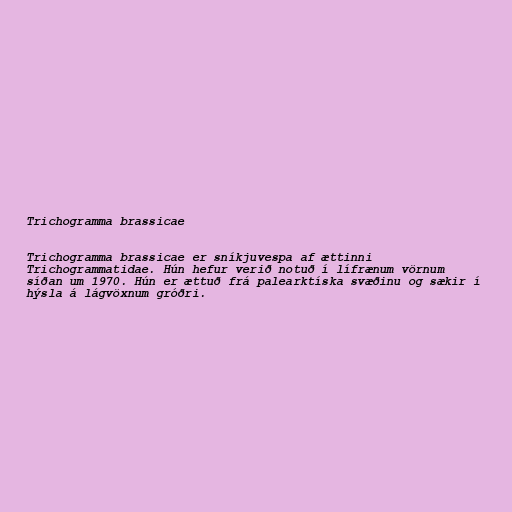
Trichogramma brassicae

Trichogramma brassicae er sníkjuvespa af ættinni
Trichogrammatidae. Hún hefur verið notuð í lífrænum vörnum
síðan um 1970. Hún er ættuð frá palearktíska svæðinu og sækir í
hýsla á lágvöxnum gróðri.